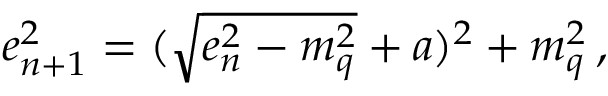
e _ { n + 1 } ^ { 2 } = ( \sqrt { e _ { n } ^ { 2 } - m _ { q } ^ { 2 } } + a ) ^ { 2 } + m _ { q } ^ { 2 } \, ,